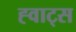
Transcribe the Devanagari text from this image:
ह्वाट्‍स